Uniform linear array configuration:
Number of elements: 32
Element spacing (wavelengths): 0.25
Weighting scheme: cosine
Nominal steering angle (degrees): -15
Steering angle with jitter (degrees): -14.696
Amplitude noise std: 0.05
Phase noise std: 0.05

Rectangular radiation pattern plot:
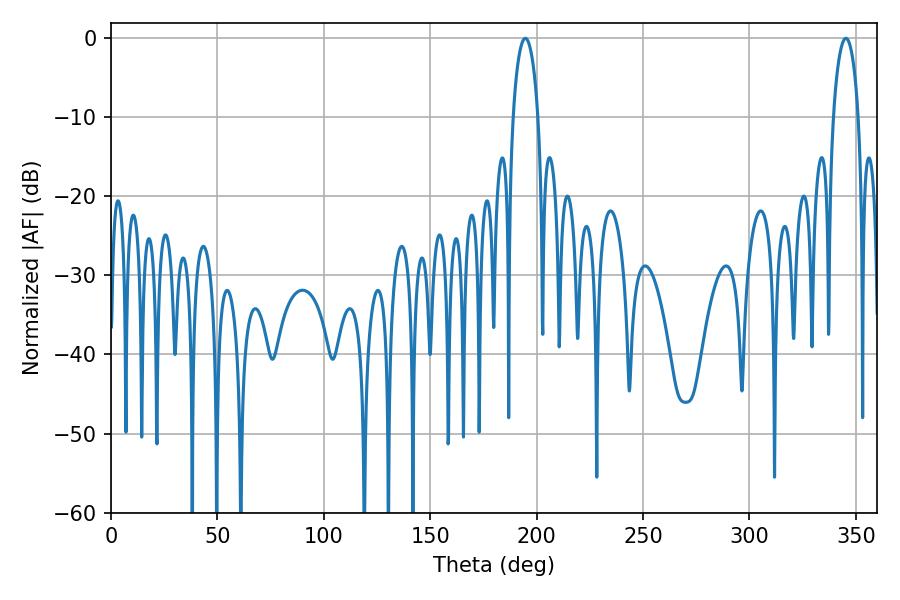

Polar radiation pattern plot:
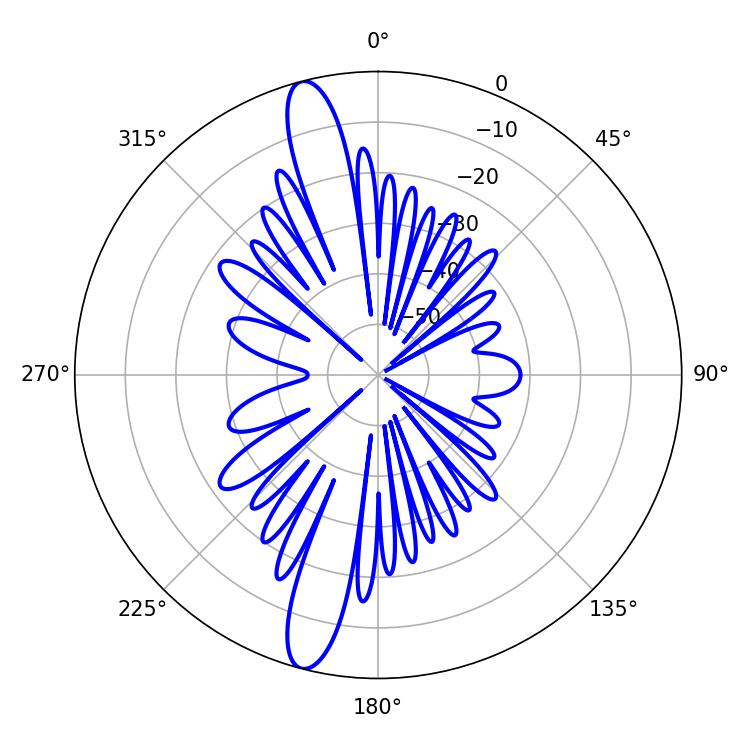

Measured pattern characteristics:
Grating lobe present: FALSE
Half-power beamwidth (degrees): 6.66
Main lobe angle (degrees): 194.76